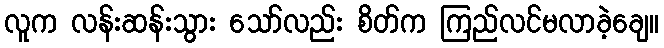
လူက လန်းဆန်းသွား သော်လည်း စိတ်က ကြည်လင်မလာခဲ့ချေ။